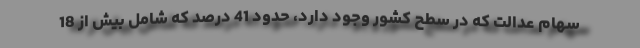
سهام عدالت که در سطح کشور وجود دارد، حدود 41 درصد که شامل بیش از 18